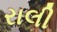
રાલી